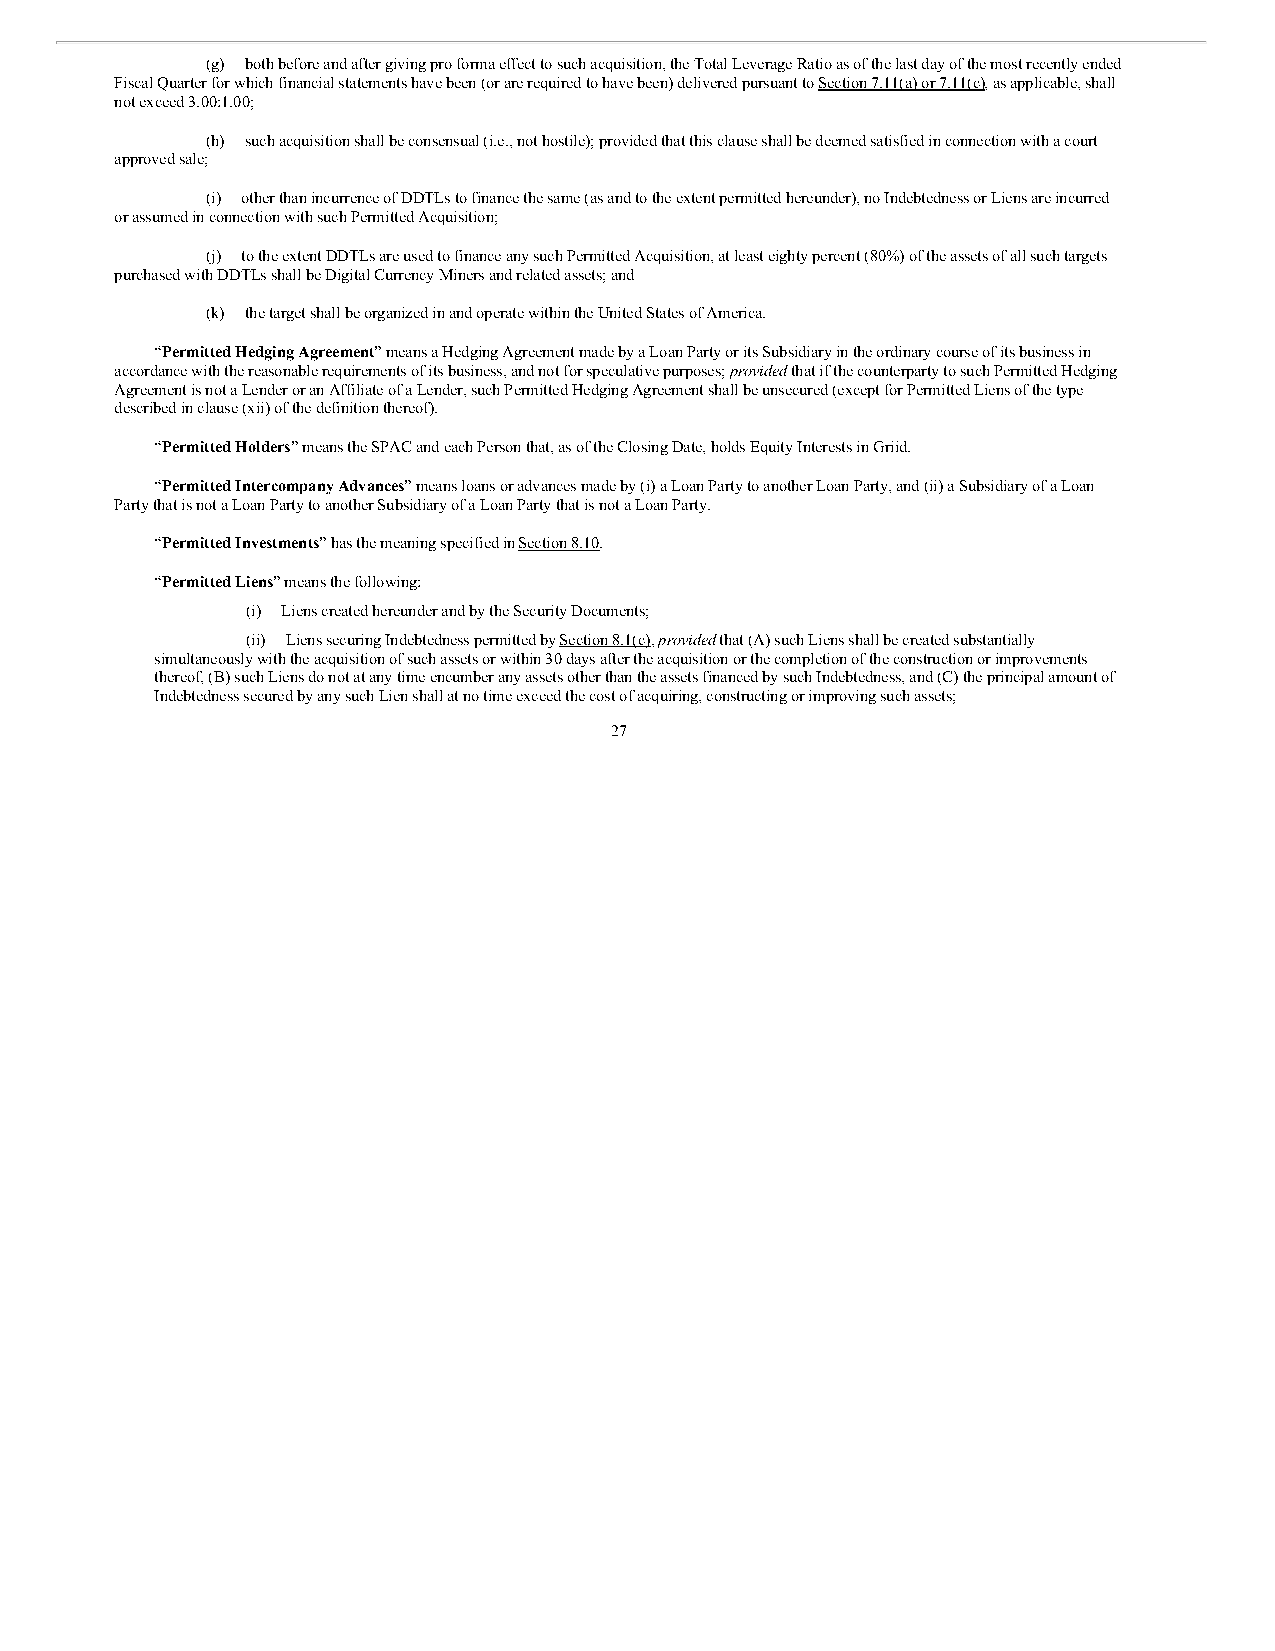
(g) both before and after giving pro forma effect to such acquisition, the Total Leverage Ratio as of the last day of the most recently ended
 Fiscal Quarter for which financial statements have been (or are required to have been) delivered pursuant to Section 7.11(a) or 7.11(c), as applicable, shall
 not exceed 3.00:1.00;
 (h) such acquisition shall be consensual (i.e., not hostile); provided that this clause shall be deemed satisfied in connection with a court
 approved sale;
 (i) other than incurrence of DDTLs to finance the same (as and to the extent permitted hereunder), no Indebtedness or Liens are incurred
 or assumed in connection with such Permitted Acquisition;
 (j) to the extent DDTLs are used to finance any such Permitted Acquisition, at least eighty percent (80%) of the assets of all such targets
 purchased with DDTLs shall be Digital Currency Miners and related assets; and
 (k) the target shall be organized in and operate within the United States of America.
 “Permitted Hedging Agreement” means a Hedging Agreement made by a Loan Party or its Subsidiary in the ordinary course of its business in
 accordance with the reasonable requirements of its business, and not for speculative purposes; provided that if the counterparty to such Permitted Hedging
 Agreement is not a Lender or an Affiliate of a Lender, such Permitted Hedging Agreement shall be unsecured (except for Permitted Liens of the type
 described in clause (xii) of the definition thereof).
 “Permitted Holders” means the SPAC and each Person that, as of the Closing Date, holds Equity Interests in Griid.
 “Permitted Intercompany Advances” means loans or advances made by (i) a Loan Party to another Loan Party, and (ii) a Subsidiary of a Loan
 Party that is not a Loan Party to another Subsidiary of a Loan Party that is not a Loan Party.
 “Permitted Investments” has the meaning specified in Section 8.10.
 “Permitted Liens” means the following:
 (i) Liens created hereunder and by the Security Documents;
 (ii) Liens securing Indebtedness permitted by Section 8.1(c), provided that (A) such Liens shall be created substantially
 simultaneously with the acquisition of such assets or within 30 days after the acquisition or the completion of the construction or improvements
 thereof, (B) such Liens do not at any time encumber any assets other than the assets financed by such Indebtedness, and (C) the principal amount of
 Indebtedness secured by any such Lien shall at no time exceed the cost of acquiring, constructing or improving such assets;
 27